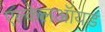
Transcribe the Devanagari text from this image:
एल्केलऑयड